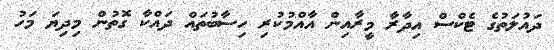
ދައުލަތުގެ ޓެކްސް އިދާރާ މީރާއިން އާއްމުކުރި ހިސާބުތައް ދައްކާ ގޮތުން މިދިޔަ މަހު